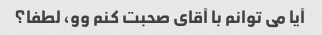
آیا می توانم با آقای صحبت کنم وو، لطفا؟